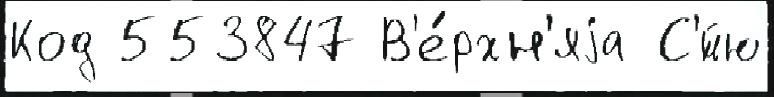
Код 553847 В'е́рхн'яjа С'́йю